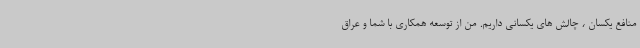
منافع یکسان ، چالش های یکسانی داریم. من از توسعه همکاری با شما و عراق